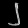
Digit: ၂